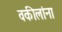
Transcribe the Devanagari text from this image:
वकीलांना